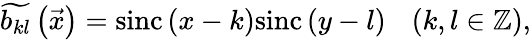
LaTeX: \widetilde{b_{kl}}\left(\vec{x}\right)=\mathrm{sinc}\left(x-k\right)\mathrm{sinc}\left(y-l\right)\ \ \ \left(k,l\in\mathbb{Z}\right),